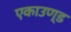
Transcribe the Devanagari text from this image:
एकाउण्ड